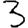
Digit: 3